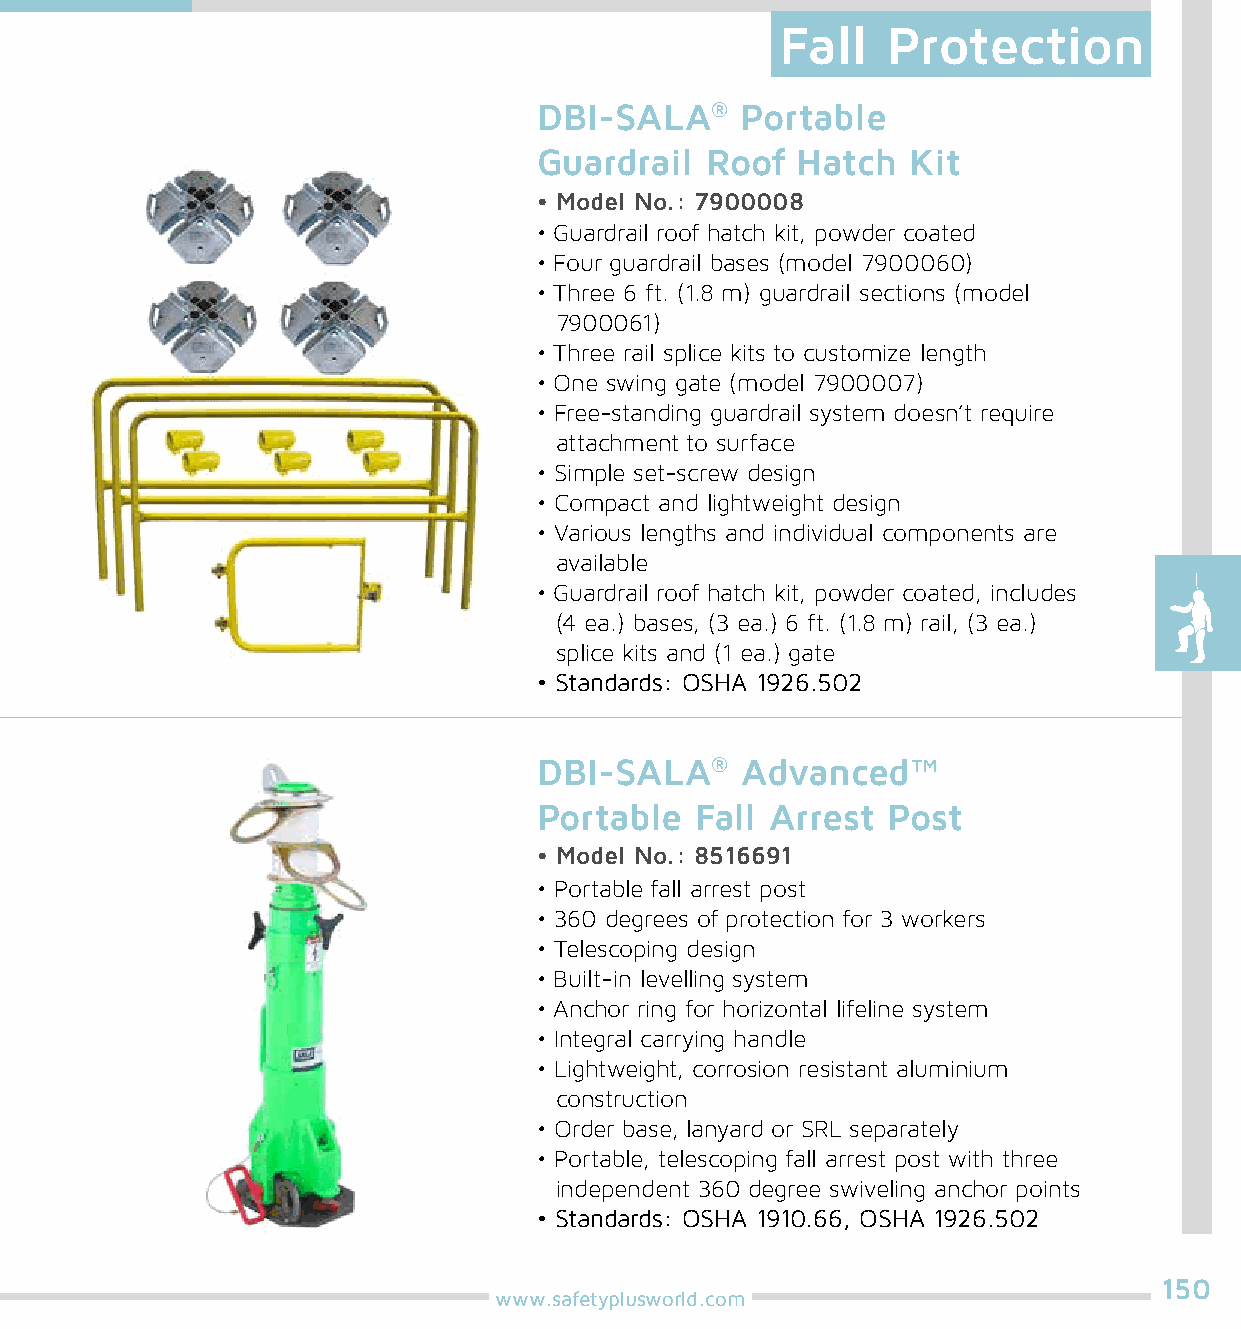
Fall   Protection
 DBI-SALA®    Portable
 Guardrail  Roof  Hatch  Kit
 • Model No.: 7900008
 • Guardrail roof hatch kit, powder coated
 • Four guardrail bases (model 7900060)
 • Three 6 ft. (1.8 m) guardrail sections (model
 7900061)
 • Three rail splice kits to customize length
 • One swing gate (model 7900007)
 • Free-standing guardrail system doesn’t require
 attachment to surface
 • Simple set-screw design
 • Compact and lightweight design
 • Various lengths and individual components are
 available
 • Guardrail roof hatch kit, powder coated, includes
 (4 ea.) bases, (3 ea.) 6 ft. (1.8 m) rail, (3 ea.)
 splice kits and (1 ea.) gate
 • Standards: OSHA 1926.502
 DBI-SALA®    Advanced™
 Portable  Fall Arrest  Post
 • Model No.: 8516691
 • Portable fall arrest post
 • 360 degrees of protection for 3 workers
 • Telescoping design
 • Built-in levelling system
 • Anchor ring for horizontal lifeline system
 • Integral carrying handle
 • Lightweight, corrosion resistant aluminium
 construction
 • Order base, lanyard or SRL separately
 • Portable, telescoping fall arrest post with three
 independent 360 degree swiveling anchor points
 • Standards: OSHA 1910.66, OSHA 1926.502
 150
 www.safetyplusworld.com